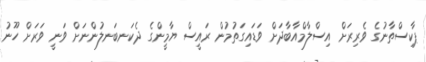
ޕާކިސްތާނުގެ ވެރިރަށް އިސްލާމްއާބާދަށް ވަޑައިގަތުމުން ރައީސް ޔާމީންގެ ދެކަނބަނލުންނަށް ވަނީ ވަރަށް ހޫނު